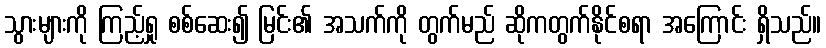
သွားများကို ကြည့်ရှု စစ်ဆေး၍ မြင်း၏ အသက်ကို တွက်မည် ဆိုကတွက်နိုင်စရာ အကြောင်း ရှိသည်။